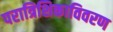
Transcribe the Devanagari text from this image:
परात्रिशिकाविवरण